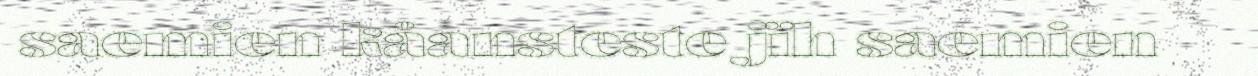
saemien kåansteste jïh saemien